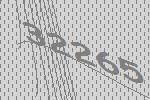
32265